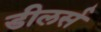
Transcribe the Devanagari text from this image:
डीलर्स